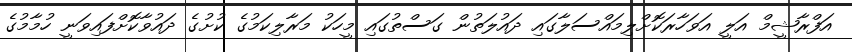
އަފްރާޝީމް އަލީ އަވަހާރަކޮށްލިމައްސަލާގައި ދައުލަތުން ގަސްތުގައި މީހަކު މަރާލިކަމުގެ ކުށުގެ ދައުވާކޮށްފައިވަނީ ހުމާމުގެ